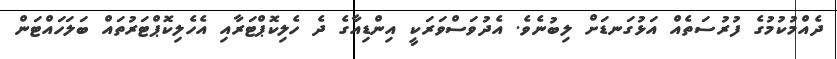
ދެއްމުކުމުގެ ފުރުސަތެއް އަޅުގަނޑަށް ލިބުނެވެ. އެދުވަސްވަރަކީ އިންޑިއާގެ ދެ ހެލިކޮޕްޓަރާއި އެހެލިކޮޕްޓަރުތައް ބަލަހައްޓަން